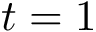
t = 1